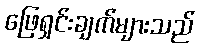
ဖြေရှင်းချက်များသည်